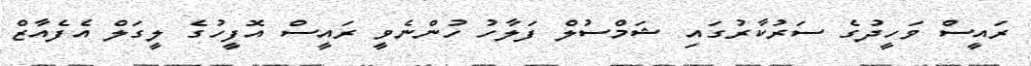
ރައީސް ވަހީދުގެ ސަރުކާރުގައި ޝަމްސުލް ފަލާހު ހުންނެވީ ރައީސް އޮފީހުގެ ލީގަލް އެފެއާޒް